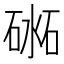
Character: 𥔨